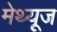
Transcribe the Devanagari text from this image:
मेथ्यूज